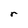
Character: r